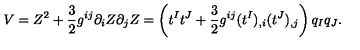
V = Z ^ { 2 } + { \frac { 3 } { 2 } } g ^ { i j } \partial _ { i } Z \partial _ { j } Z = \left( t ^ { I } t ^ { J } + { \frac { 3 } { 2 } } g ^ { i j } ( t ^ { I } ) _ { , i } ( t ^ { J } ) _ { , j } \right) q _ { I } q _ { J } .